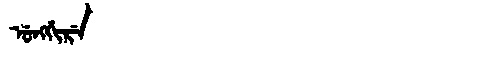
Manchu: ᡠᠩᡤᡳᡵᡝ
Romanization: UNGGIRE